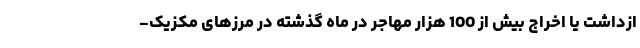
ازداشت یا اخراج بیش از 100 هزار مهاجر در ماه گذشته در مرز‌های مکزیک-